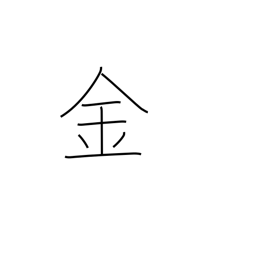
Meaning: gold